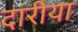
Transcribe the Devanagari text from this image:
दारीया